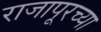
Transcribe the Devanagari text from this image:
राजापूरच्या